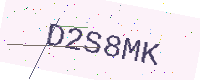
Text: D2S8MK